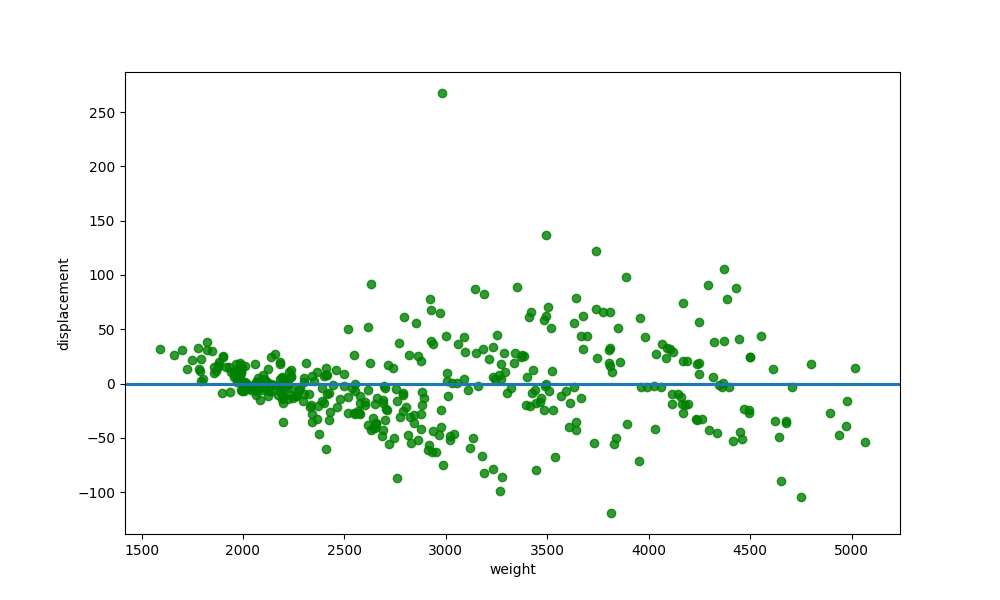
python, seaborn, residplot, lowess=True, scatter_color=green